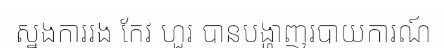
ស្នងការរង កែវ ហួរ បានបង្ហាញរបាយការណ៍